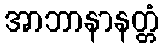
အာဘာနာနတ္တံ